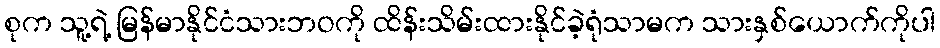
စုက သူ့ရဲ့ မြန်မာနိုင်ငံသားဘဝကို ထိန်းသိမ်းထားနိုင်ခဲ့ရုံသာမက သားနှစ်ယောက်ကိုပါ